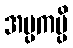
အပ္ပကမ္ပိ